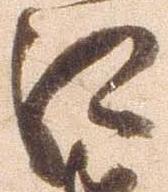
江